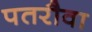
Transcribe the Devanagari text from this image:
पतरौवा